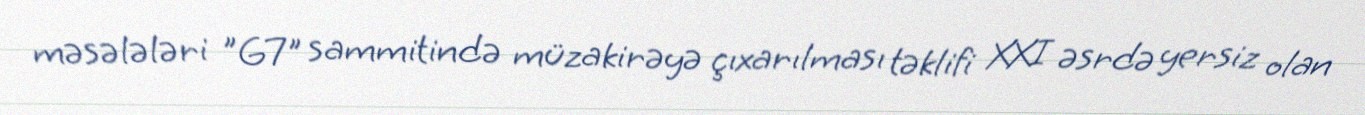
məsələləri "G7" sammitində müzakirəyə çıxarılması təklifi XXI əsrdə yersiz olan